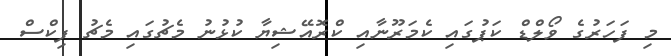
މި ފަހަރުގެ ވޯލްޑް ކަޕުގައި ކެމަރޫނާއި ކްރޮއޭޝިޔާ ކުޅުނު މެޗުގައި މެޗު ފިކްސް